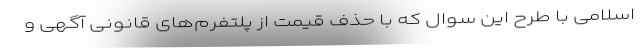
اسلامی با طرح این سوال که با حذف قیمت از پلتفرم‌های قانونی آگهی و